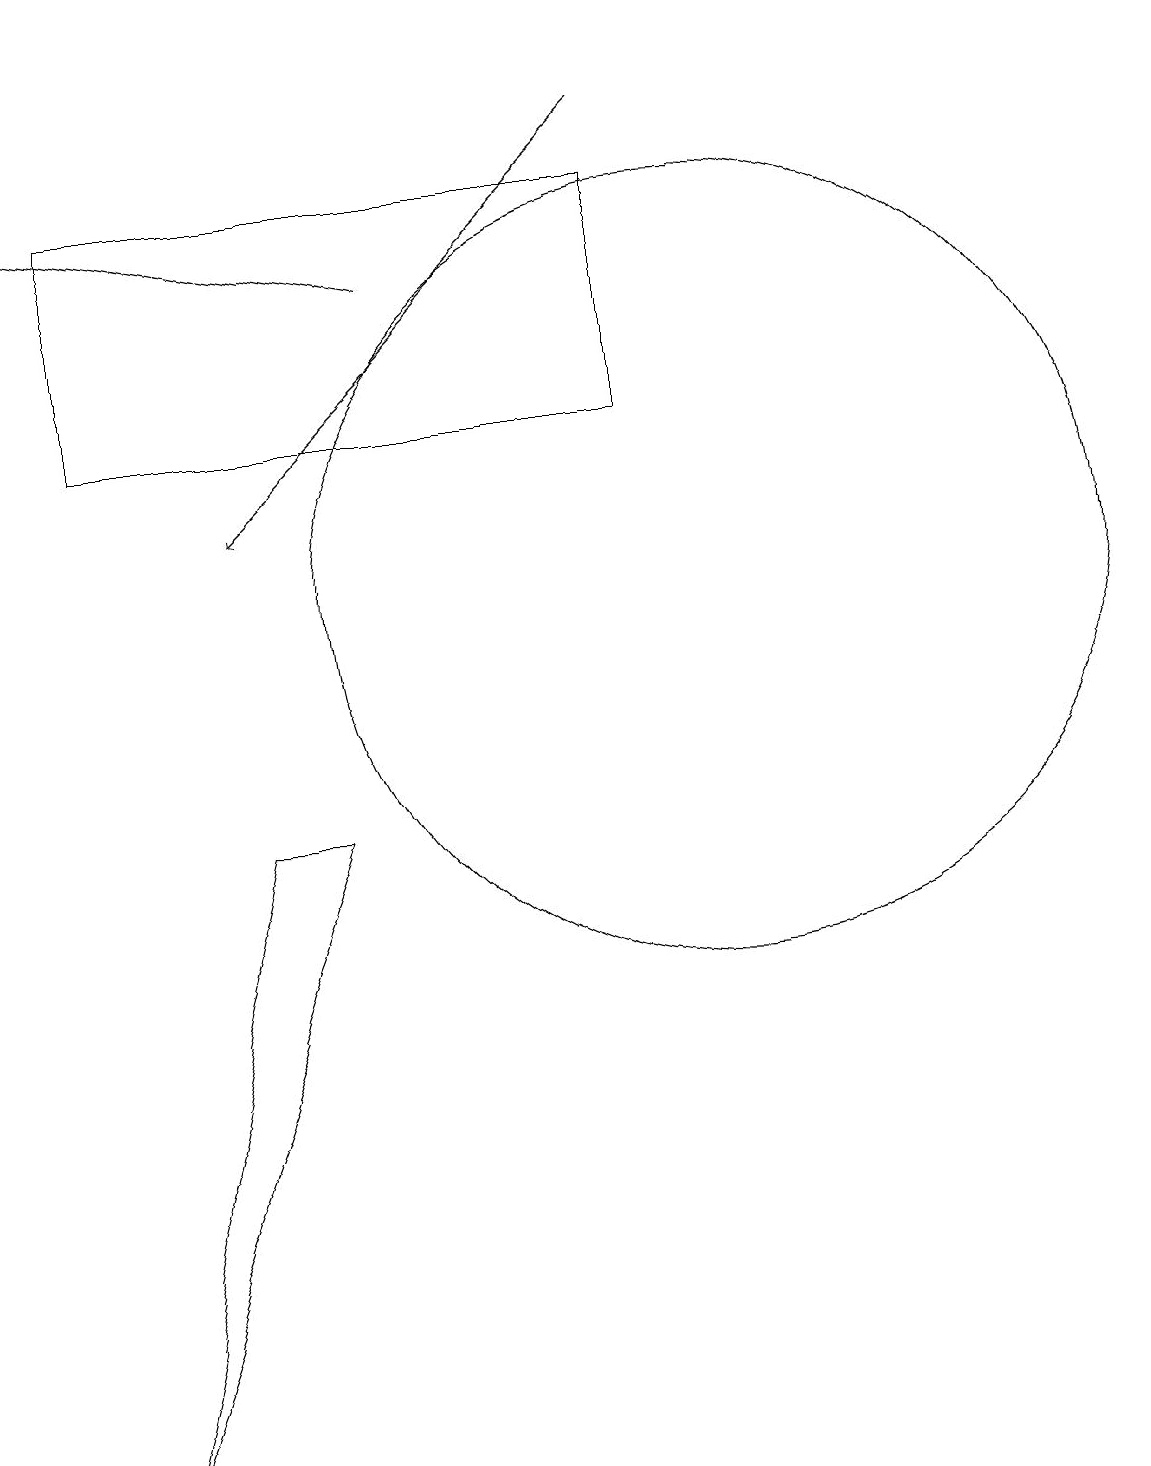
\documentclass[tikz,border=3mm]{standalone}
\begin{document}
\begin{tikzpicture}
\draw (2,13) rectangle (9,16);
\draw (4,8) -- (2,0) -- (5,8) -- cycle;
\draw (10,11) circle (5);
\draw[->] (1,18) -- (1,16);
\draw[->] (6,15) -- (1,16);
\draw[->] (9,17) -- (4,12);
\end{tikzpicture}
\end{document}